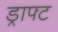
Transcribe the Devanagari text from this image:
ड्राफ्‍ट